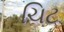
ચિટ